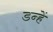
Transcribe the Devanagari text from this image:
डन्हें